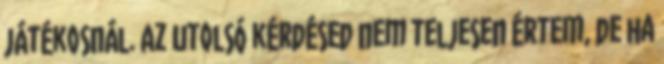
játékosnál. Az utolsó kérdésed nem teljesen értem, de ha